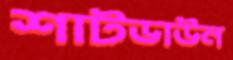
শাটডাউন